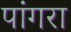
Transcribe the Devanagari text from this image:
पांगरा